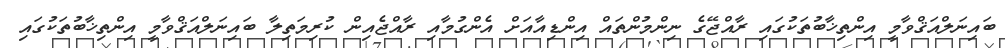
ބައިނަލްއަޤްވާމީ އިންތިޚާބުތަކުގައި ރާއްޖޭގެ ނިންމުންތައް އިންޑިއާއަށް އެންގުމާއި ރާއްޖެއިން ކުރިމަތިލާ ބައިނަލްއަޤްވާމީ އިންތިޚާބުތަކުގައި